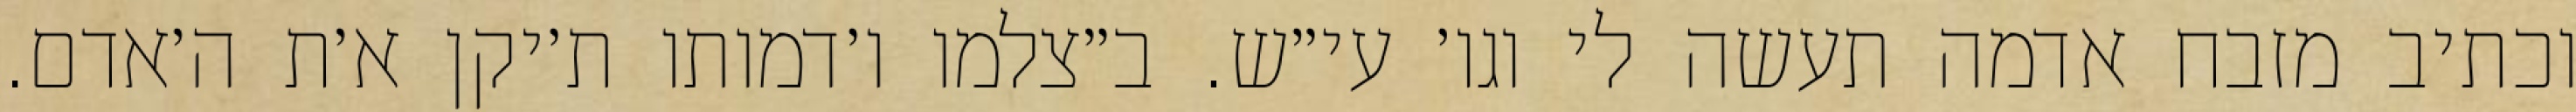
וכתיב מזבח אדמה תעשה לי וגו׳ עי״ש. ב״צלמו ו׳דמותו ת׳יקן א׳ת ה׳אדם.